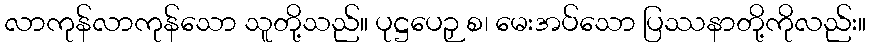
လာကုန်လာကုန်သော သူတို့သည်။ ပုဋ္ဌပေဉှ စ၊ မေးအပ်သော ပြဿနာတို့ကိုလည်း။